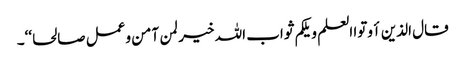
قال الذین أوتوا العلم ویلکم ثواب اللہ خیر لمن آمن وعمل صالحا‘‘۔